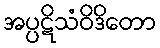
အပ္ပဋိသံဝိဒိတော